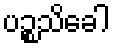
ပဉ္စသိခေါ